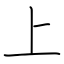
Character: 上